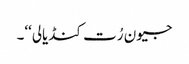
جیون رُت کنڈیالی‘‘۔